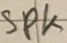
Text: SPK